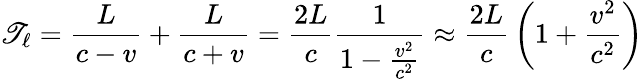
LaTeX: \mathscr{T}_{\ell}={\frac{{L}}{{c-v}}}+{\frac{{L}}{{c+v}}}={\frac{{2L}}{{c}}}{\frac{{1}}{{1-{\frac{{v^{2}}}{{c^{2}}}}}}}\approx{\frac{{2L}}{{c}}}\left(1+{\frac{{v^{2}}}{{c^{2}}}}\right)